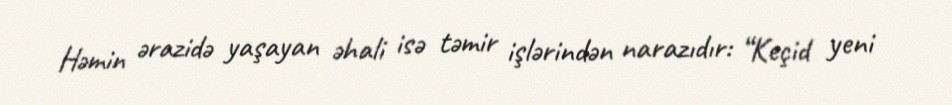
Həmin ərazidə yaşayan əhali isə təmir işlərindən narazıdır: “Keçid yeni